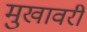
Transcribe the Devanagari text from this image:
मुखावरी